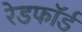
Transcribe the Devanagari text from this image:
रेडफाॅर्ड